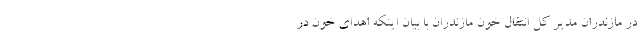
در مازندران مدیر کل انتقال خون مازندران با بیان اینکه اهدای خون در